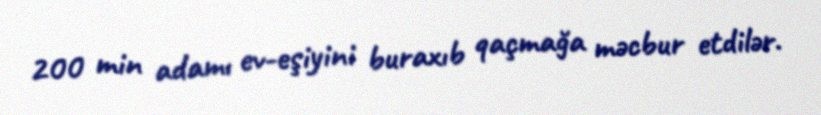
200 min adamı ev-eşiyini buraxıb qaçmağa məcbur etdilər.